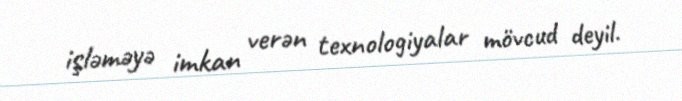
işləməyə imkan verən texnologiyalar mövcud deyil.